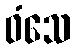
ဝံသေ